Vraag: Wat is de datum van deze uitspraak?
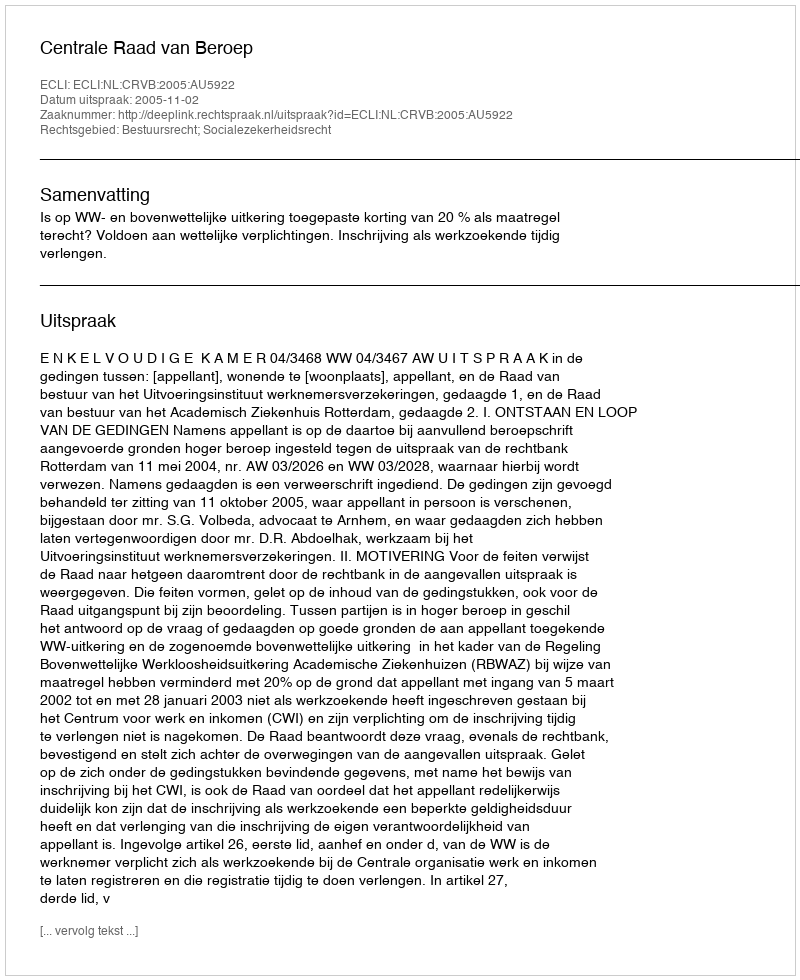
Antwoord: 2005-11-02